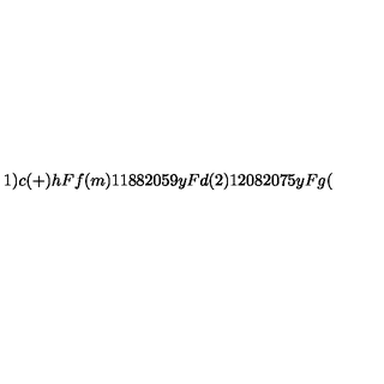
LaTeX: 1 ) c ( + ) h F f ( m ) 1 1 8 8 2 0 5 9 y F d ( 2 ) 1 2 0 8 2 0 7 5 y F g (